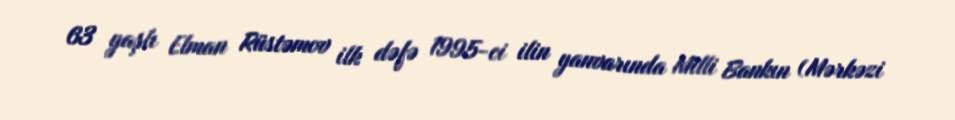
63 yaşlı Elman Rüstəmov ilk dəfə 1995-ci ilin yanvarında Milli Bankın (Mərkəzi